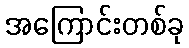
အကြောင်းတစ်ခု